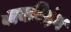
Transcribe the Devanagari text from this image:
बायबिड़ंग